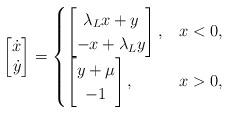
LaTeX: \begin{align*}\begin{bmatrix} \dot{x} \\ \dot{y} \end{bmatrix} =\begin{cases}\begin{bmatrix} \lambda_L x + y \\ -x + \lambda_L y \end{bmatrix}, & x < 0, \\\begin{bmatrix} y + \mu \\ -1 \end{bmatrix}, & x > 0,\end{cases}\end{align*}